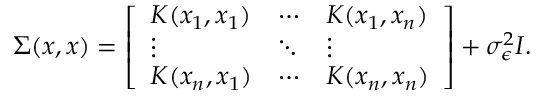
\Sigma ( \boldsymbol { x } , \boldsymbol { x } ) = \left[ \begin{array} { l l l } { K ( x _ { 1 } , x _ { 1 } ) } & { \cdots } & { K ( x _ { 1 } , x _ { n } ) } \\ { \vdots } & { \ddots } & { \vdots } \\ { K ( x _ { n } , x _ { 1 } ) } & { \cdots } & { K ( x _ { n } , x _ { n } ) } \end{array} \right] + \sigma _ { \epsilon } ^ { 2 } I .